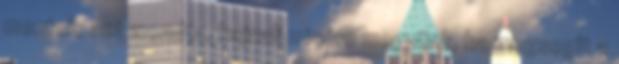
mentek, azt mondta, hajnali misére megyünk, ha megsegít a